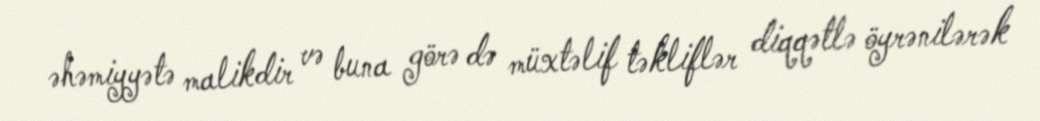
əhəmiyyətə malikdir və buna görə də müxtəlif təkliflər diqqətlə öyrənilərək